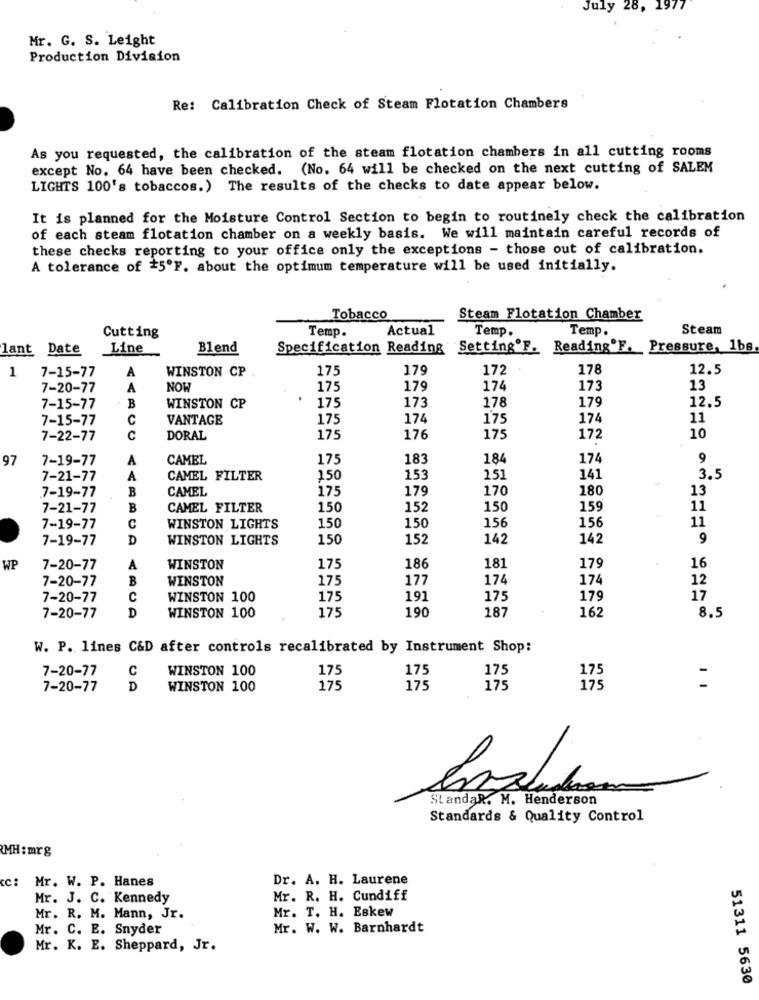
July 28,
1977
Mr. G. S. Leight
Production Division
Re: Calibration Check of Steam Flotation Chambers
As you requested, the calibration of the steam flotation chambers in all cutting rooms
except No. 64 have been checked. (No. 64 will be checked on the next cutting of SALEM
LIGHTS 100's tobaccos.) The results of the checks to date appear below.
It is planned for the Moisture Control Section to begin to routinely check the calibration
of each steam flotation chamber on a weekly basis. We will maintain careful records of
these checks reporting to your office only the exceptions - those out of calibration.
A tolerance of #5ºF. about the optimum temperature will be used initially.
Tobacco
Steam Flotation Chamber
Temp.
Actual
Temp.
Temp.
Steam
Cutting
lant Date
Line
Blend
Specification Reading Setting'F. Reading"F. Pressure, 1bs
1
7-15-77
A
WINSTON CP
175
179
172
178
12.5
7-20-77
A
NOW
175
179
174
173
13
175
7-15-77
B
WINSTON CP
173
178
179
12.5
7-15-77
C
VANTAGE
175
174
175
174
11
7-22-77
C
DORAL
175
176
175
172
10
97
7-19-77
A
CAMEL
175
183
184
174
9
7-21-77
A
CAMEL FILTER
150
153
151
141
3.5
B
CAMEL
175
179
170
180
13
7-19-77
7-21-77
B
CAMEL FILTER
150
152
150
159
11
156
11
7-19-77
C
WINSTON LIGHTS
150
150
156
7-19-77
D
WINSTON LIGHTS
150
152
142
142
9
181
WP
7-20-77
A
WINSTON
175
186
179
16
7-20-77
B
WINSTON
175
177
174
174
12
7-20-77
C
WINSTON 100
175
191
175
179
17
175
190
187
162
7-20-77
D
WINSTON 100
8.5
W. P. lines C&D after controls recalibrated by Instrument Shop:
7-20-77
C
WINSTON 100
175
175
175
175
7-20-77
D
WINSTON 100
175
175
175
175
StandaR. M. Henderson
Standards & Quality Control
MH: mrg
cc: Mr. W. P. Hanes
Dr. A. H. Laurene
Mr. J. C. Kennedy
Mr. R. H. Cundiff
Mr. T. H. Eskew
Mr. R. M. Mann, Jr.
Mr. C. E. Snyder
Mr. W. W. Barnhardt
Mr. K. E. Sheppard, Jr.
51311 5630